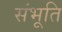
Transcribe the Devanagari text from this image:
संभूति